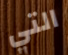
التي